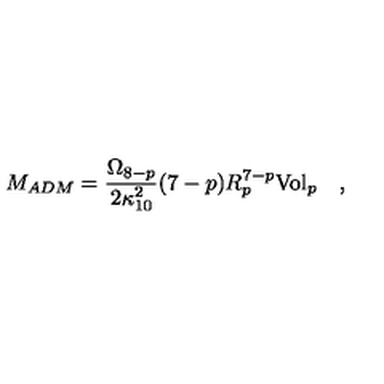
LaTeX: M _ { A D M } = { \frac { \Omega _ { 8 - p } } { 2 \kappa _ { 1 0 } ^ { 2 } } } ( 7 - p ) R _ { p } ^ { 7 - p } { \mathrm { V o l } } _ { p } \quad ,